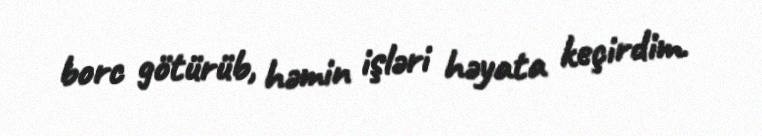
borc götürüb, həmin işləri həyata keçirdim.